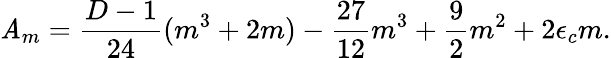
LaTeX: \mathit{A}_{m}=\frac{{D-1}}{{24}}(m^{3}+2m)-\frac{{27}}{{12}}m^{3}+\frac{{9}}{{2}}m^{2}+2\epsilon_{c}m.